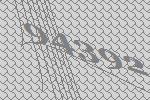
94392